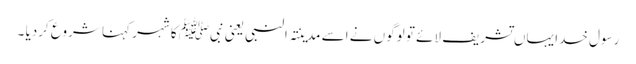
رسول خدا یہاں تشریف لائے تو لوگوں نے اسے مدینتہ النبی یعنی نبیﷺ کا شہر کہنا شروع کردیا ۔